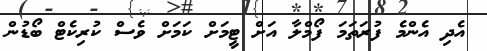
އެދި އެންމެ ފުރަތަމަ ފޯމްލާ އަށް ޓީމަށް ކަމަށް ވެސް ކުރިކެޓް ބޯޑުން